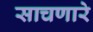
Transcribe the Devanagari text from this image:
साचणारे